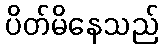
ပိတ်မိနေသည်